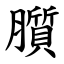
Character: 䑇